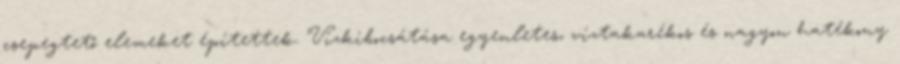
csepegtető elemeket építettek. Vízkibocsátása egyenletes, víztakarékos és nagyon hatékony